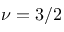
\nu = 3 / 2